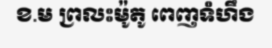
ខ.ម ព្រលះម៉ូតូ ពេញទំហឹង